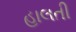
હાલતી